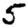
Digit: 5